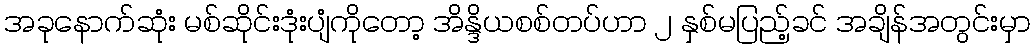
အခုနောက်ဆုံး မစ်ဆိုင်းဒုံးပျံကိုတော့ အိန္ဒိယစစ်တပ်ဟာ ၂ နှစ်မပြည့်ခင် အချိန်အတွင်းမှာ